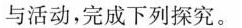
与活动，完成下列探究。